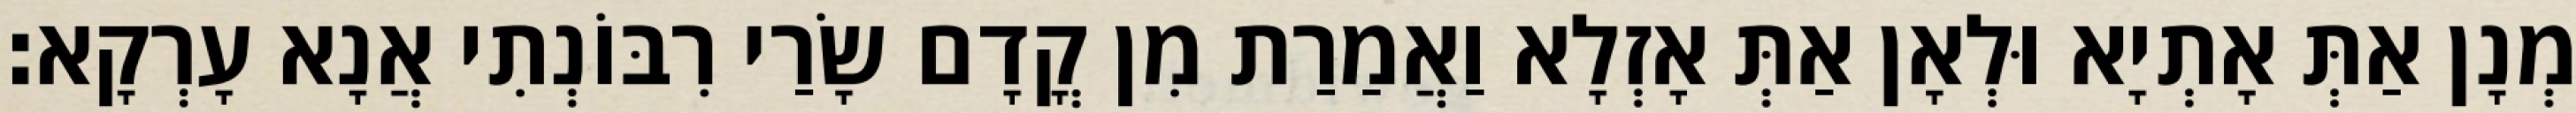
מְנָן אַתְּ אָתְיָא וּלְאָן אַתְּ אָזְלָא וַאֲמַרַת מִן קֳדָם שָׂרַי רִבּוֹנְתִי אֲנָא עָרְקָא׃